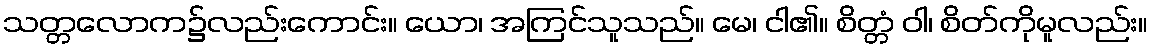
သတ္တလောက၌လည်းကောင်း။ ယော၊ အကြင်သူသည်။ မေ၊ ငါ၏။ စိတ္တံ ဝါ၊ စိတ်ကိုမူလည်း။